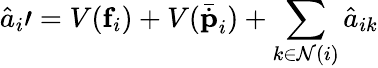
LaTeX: \hat{a}_{i}\prime=V(\mathbf{f}_{i})+V(\bar{\dot{\textbf{p}}}_{i})+\sum_{k\in\mathcal{N}(i)}\hat{a}_{ik}